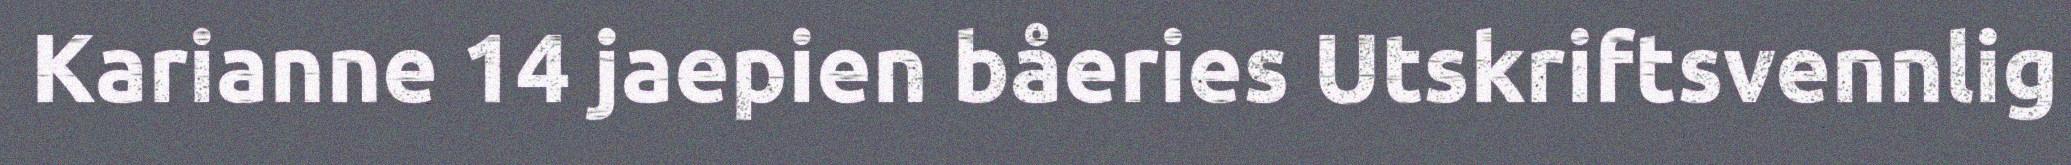
Karianne 14 jaepien båeries Utskriftsvennlig